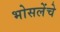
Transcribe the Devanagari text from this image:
भोसलेंचे